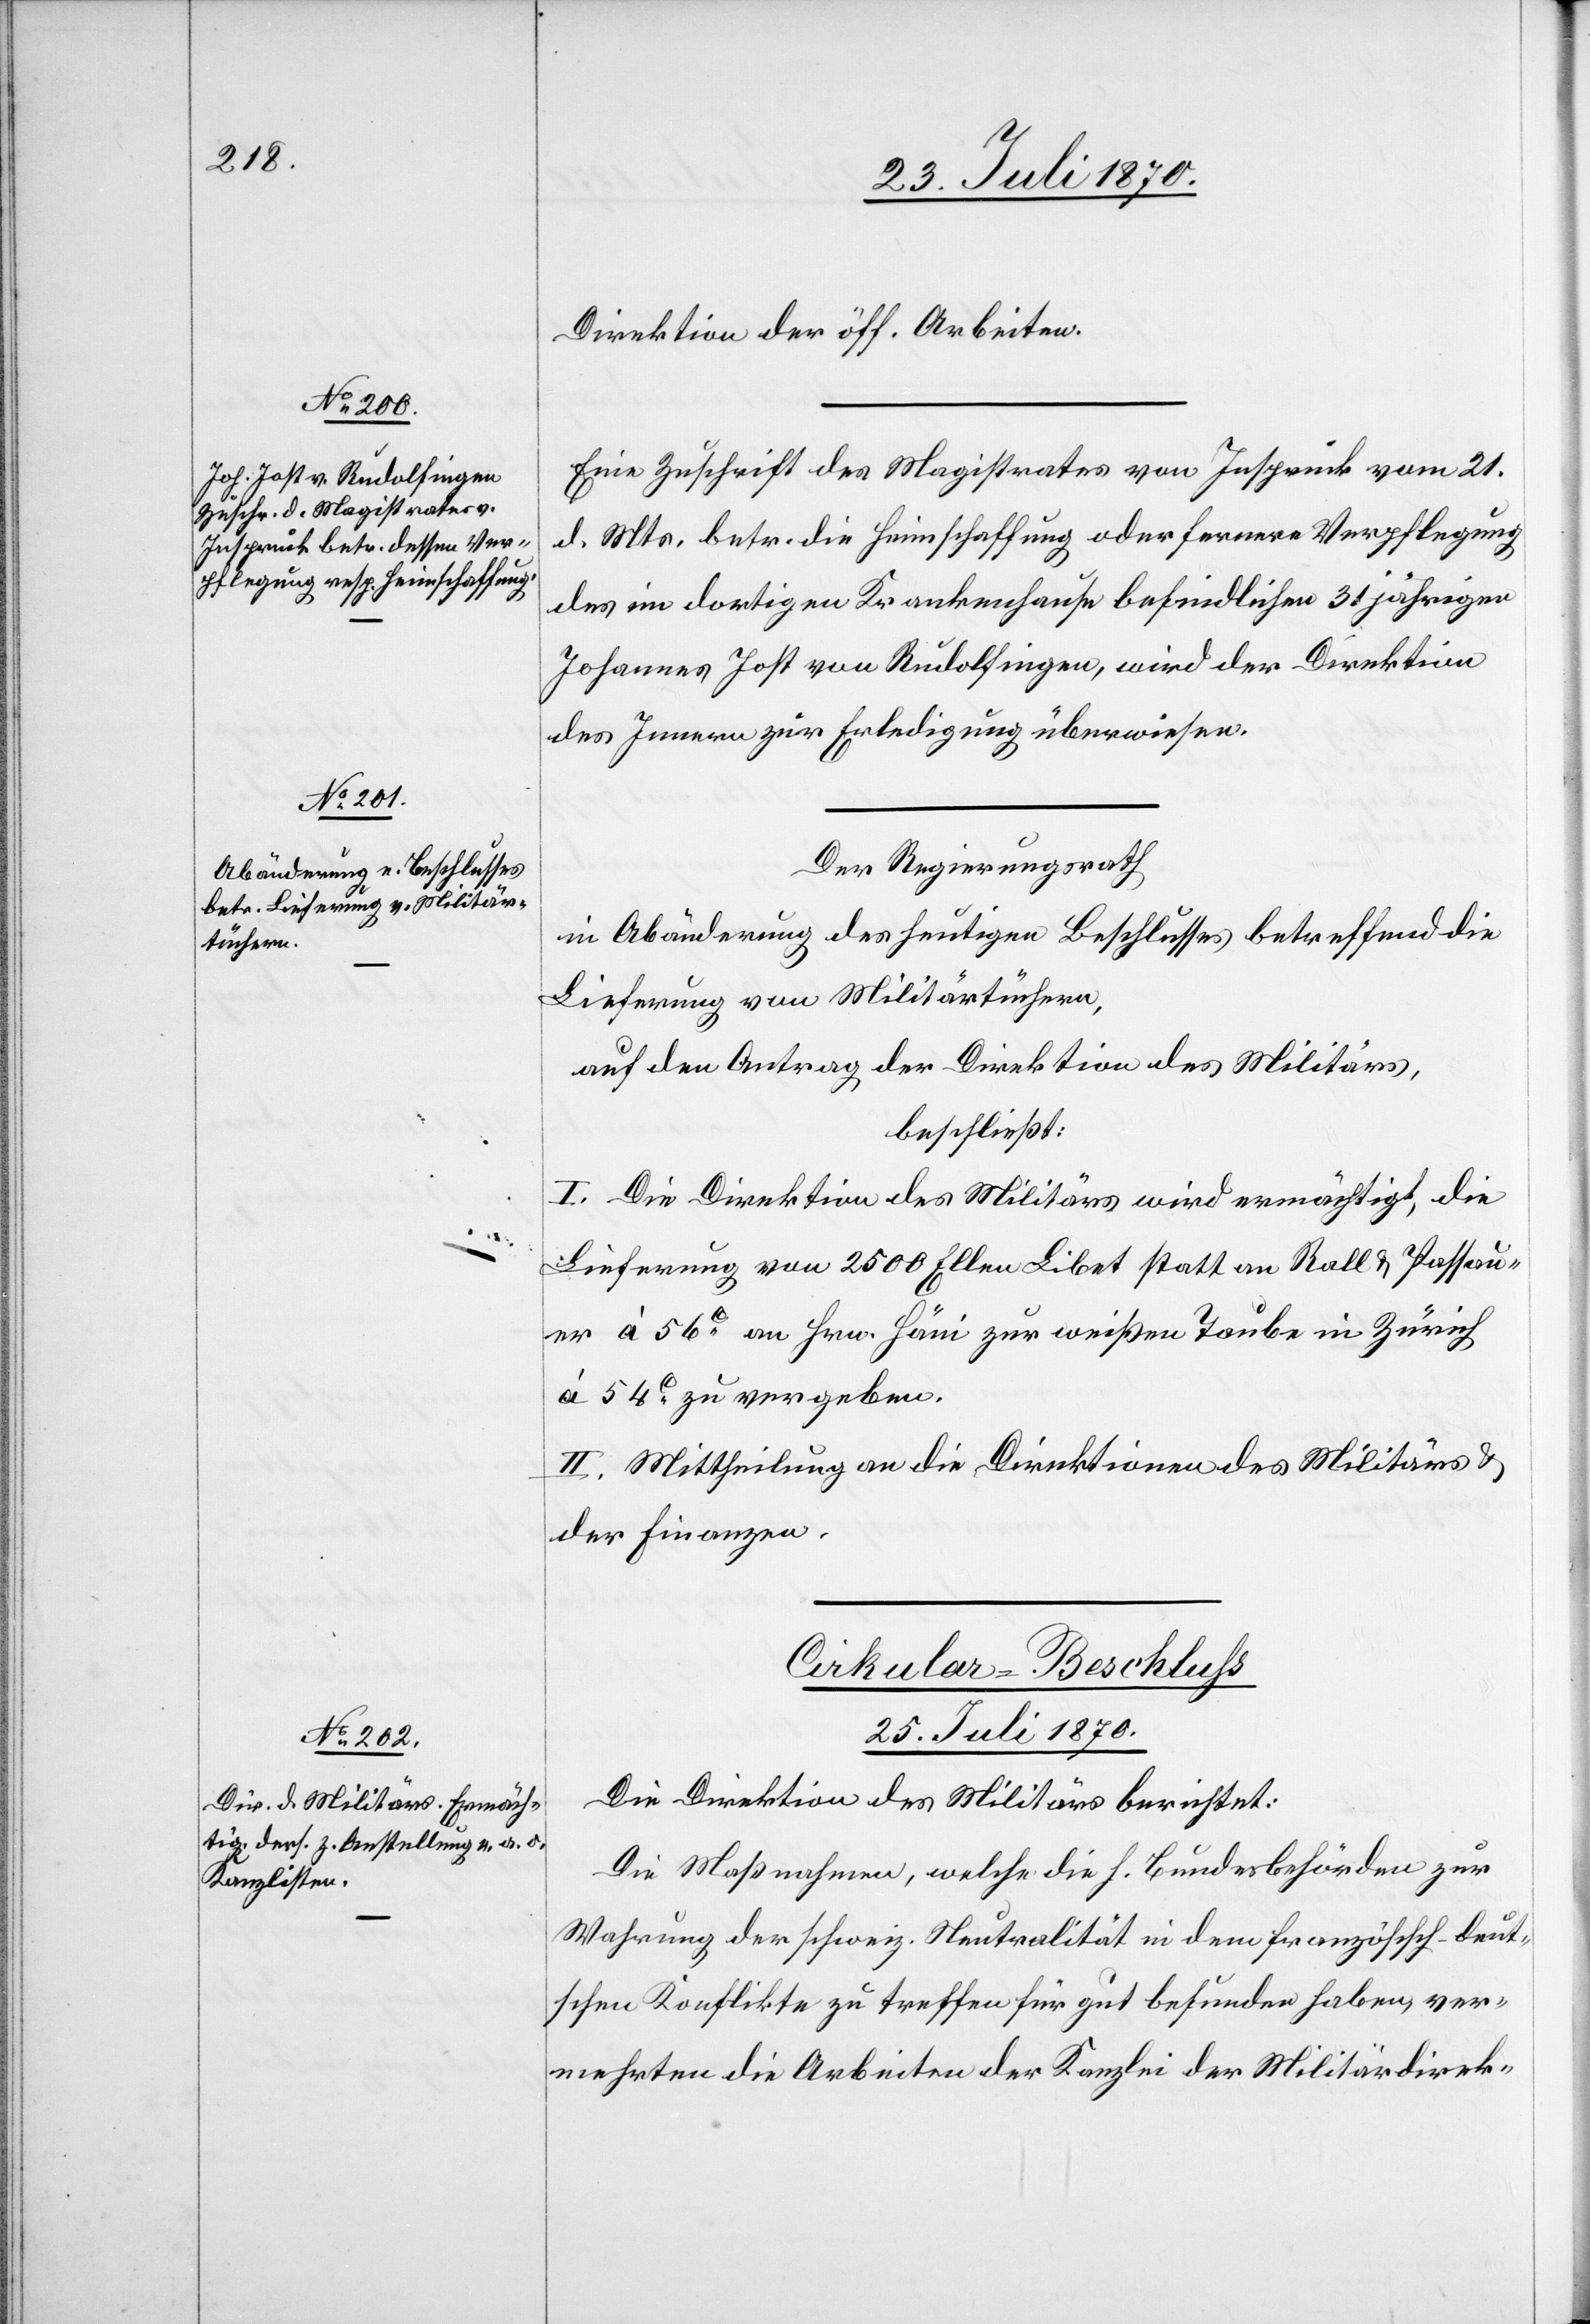
Direktion der öff. Arbeiten.
Eine Zuschrift des Magistrates von Inspruck vom 21.
d. Mts. betr. die Heimschaffung oder fernere Verpflegung
des im dortigen Krankenhause befindlichen 31jährigen
Johannes Jost von Rudolfingen, wird der Direktion
des Innern zur Erledigung überwiesen.
Der Regierungsrath
in Abänderung des heutigen Beschlusses betreffend die
Lieferung von Militärtüchern,
auf den Antrag der Direktion des Militärs,
beschließt:
I. Die Direktion des Militärs wird ermächtigt, die
Lieferung von 2500 Ellen Libet statt an Rall & Passau¬
er à 56c an Hrn. Häni zur weißen Taube in Zürich
à 54c zu vergeben.
II. Mittheilung an die Direktionen des Militärs &
der Finanzen.
Cirkular-Beschluss
25. Juli 1870.
Die Direktion des Militärs berichtet:
Die Maßnahmen, welche die h. Bundesbehörden zur
Wahrung der schweiz. Neutralität in dem französisch-deut¬
schen Konflikte zu treffen für gut befunden haben, ver¬
mehrten die Arbeiten der Kanzlei der Militärdirek-